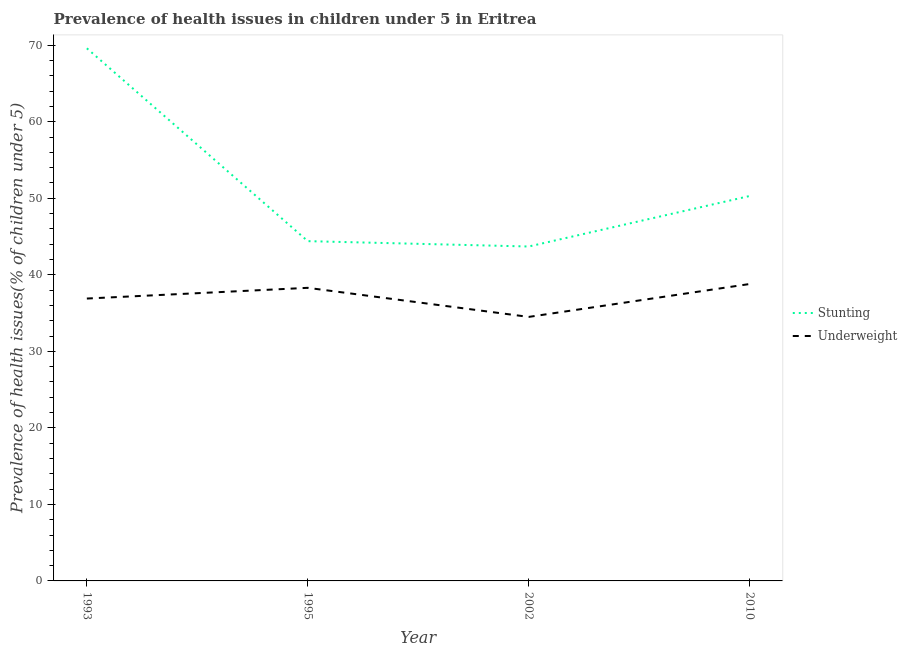
| Year | Stunting | Underweight |
 | --- | --- | --- |
 | 1993 | 69.6 | 36.9 |
 | 1995 | 44.4 | 38.3 |
 | 2002 | 43.7 | 34.5 |
 | 2010 | 50.3 | 38.8 |